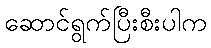
ဆောင်ရွက်ပြီးစီးပါက